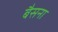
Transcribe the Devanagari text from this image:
बैसना